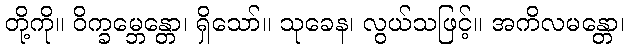
တို့ကို။ ဝိက္ခမ္ဘေန္တော၊ ရှိသော်။ သုခေန၊ လွယ်သဖြင့်။ အကိလမန္တော၊